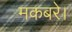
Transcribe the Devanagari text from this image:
मकबरे।